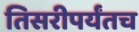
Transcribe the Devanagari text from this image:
तिसरीपर्यंतच